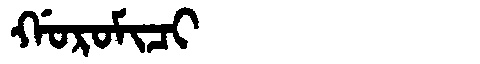
Manchu: ᡤᠣᡵᠣᠮᡳᠴᡳ
Romanization: GOROMICI